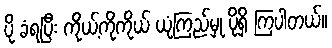
ပို ခံရပြီး ကိုယ့်ကိုကိုယ် ယုံကြည်မှု ပိုရှိ ကြပါတယ်။